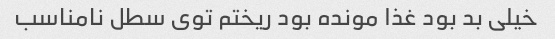
خیلی بد بود غذا مونده بود ریختم توی سطل نامناسب